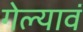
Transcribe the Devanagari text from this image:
गेल्यावं